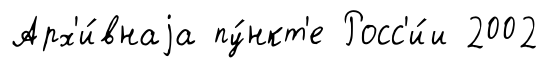
Арх'и́внаjа пу́нкт'е Росс'и́и 2002